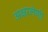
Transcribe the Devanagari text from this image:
अक्षरलेणी